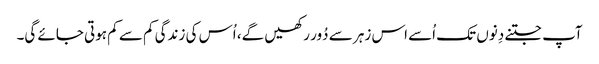
آپ جتنے دِنوں تک اُسے اس زہر سے دُور رکھیں گے، اُس کی زندگی کم سے کم ہوتی جائے گی۔